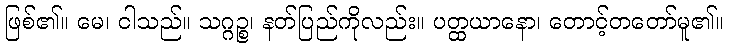
ဖြစ်၏။ မေ၊ ငါသည်။ သဂ္ဂဉ္စ၊ နတ်ပြည်ကိုလည်း။ ပတ္ထယာနော၊ တောင့်တတော်မူ၏။